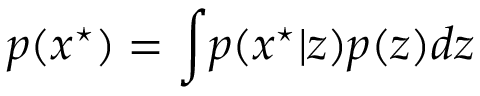
p ( x ^ { \star } ) = \int _ { } p ( x ^ { \star } | z ) p ( z ) d z